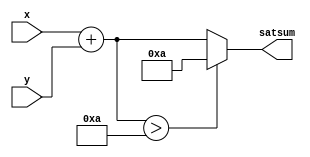
module add_sat( x, y, satsum );
  parameter limit = 8'H0A;
  input [3:0] x;
  input [3:0] y;
  output reg [4:0] satsum;
  always @(*) begin
    if ( x + y > limit)
      satsum = limit;
    else
      satsum = x + y;
    end
endmodule